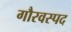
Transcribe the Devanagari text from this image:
गौरवस्पद